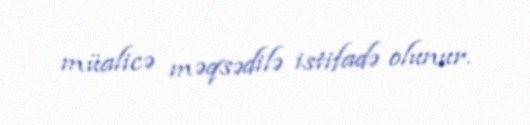
müalicə məqsədilə istifadə olunur.